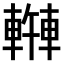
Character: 𫏿